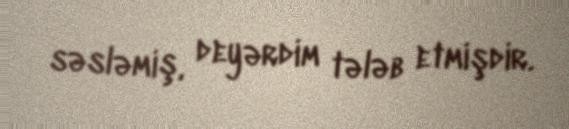
səsləmiş, deyərdim tələb etmişdir.